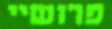
פרושיי